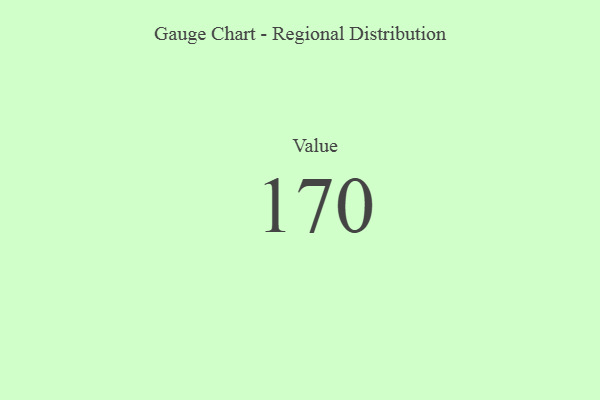
{"axis": {"x": "Metric", "y": "Value"}, "legend": [""], "data": [{"x": "Value", "y": 170, "type": ""}]}